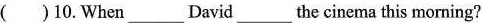
( )10.When ___ David ___ the cinema this morning?